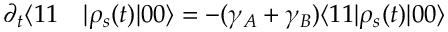
\begin{array} { r l } { \partial _ { t } \langle 1 1 } & { { } | \rho _ { s } ( t ) | 0 0 \rangle = - ( \gamma _ { A } + \gamma _ { B } ) \langle 1 1 | \rho _ { s } ( t ) | 0 0 \rangle } \end{array}